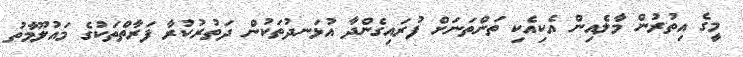
މީގެ އިތުރުން މާލެއިން އެކިއެކި ތަންތަނަށް ފުރައިގެންދާ އުޅަނދުތަކުން ދަތުރުކުރާ ފަރާތްތަކުގެ މައުލޫމާތު